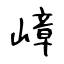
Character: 嶂